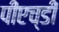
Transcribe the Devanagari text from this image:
पीएच्‌डी